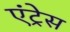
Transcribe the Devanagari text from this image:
एंट्रेस